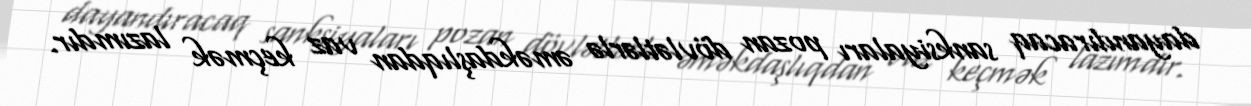
dayandıracaq sanksiyaları pozan dövlətlərlə əməkdaşlıqdan vaz keçmək lazımdır.